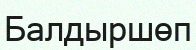
Балдыршөп